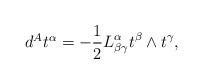
LaTeX: \begin{align*} \begin{array}{c}d^{A}t^{\alpha }=-\displaystyle\frac{1}{2}L_{\beta \gamma }^{\alpha}t^{\beta }\wedge t^{\gamma },\end{array}\end{align*}